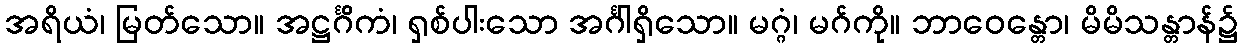
အရိယံ၊ မြတ်သော။ အဋ္ဌင်္ဂိကံ၊ ရှစ်ပါးသော အင်္ဂါရှိသော။ မဂ္ဂံ၊ မဂ်ကို။ ဘာဝေန္တော၊ မိမိသန္တာန်၌